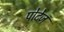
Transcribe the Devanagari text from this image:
पोटेज